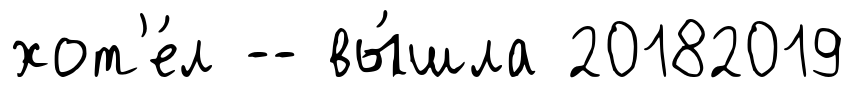
хот'е́л -- вы́шла 20182019